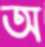
অ